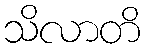
သိလာတိ